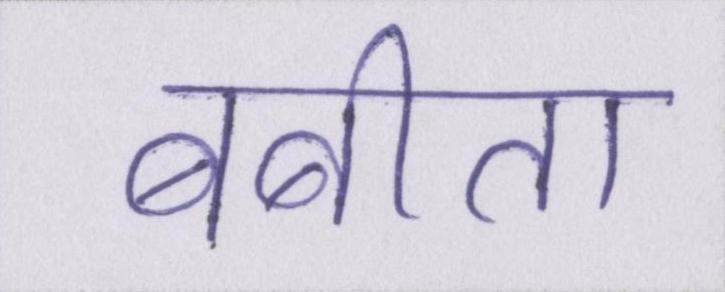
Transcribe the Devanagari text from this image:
बबीता